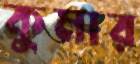
কুমার